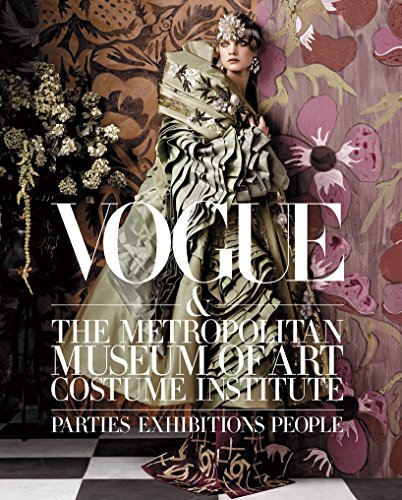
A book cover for Vogue and The Metropolitan Museum of Art Costume Institute: Parties, Exhibitions, People; Hamish Bowles; Humor & Entertainment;